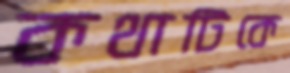
কথাটিকে